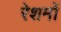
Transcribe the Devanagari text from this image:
रेशमों